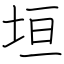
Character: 垣